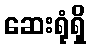
ဆေးရုံရှိ